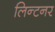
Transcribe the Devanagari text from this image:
लिन्टनर